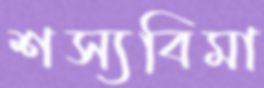
শস্যবিমা